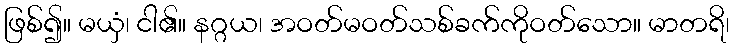
ဖြစ်၍။ မယှံ၊ ငါ၏။ နဂ္ဂယ၊ အဝတ်မဝတ်သစ်ခက်ကိုဝတ်သော။ မာတရိ၊